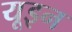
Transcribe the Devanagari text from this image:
यूइन